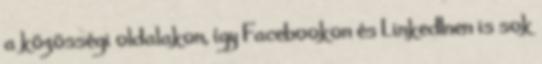
a közösségi oldalakon, így Facebookon és LinkedInen is sok